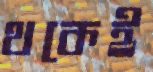
থকেই